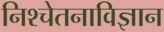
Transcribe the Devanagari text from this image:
निश्चेतनाविज्ञान